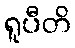
ရူပီတိ